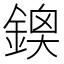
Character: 𨩬